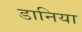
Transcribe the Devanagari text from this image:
डानिया